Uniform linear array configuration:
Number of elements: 12
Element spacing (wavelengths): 0.5
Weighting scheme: hann
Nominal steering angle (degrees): -30
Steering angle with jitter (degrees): -31.25
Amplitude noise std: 0.05
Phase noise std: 0.05

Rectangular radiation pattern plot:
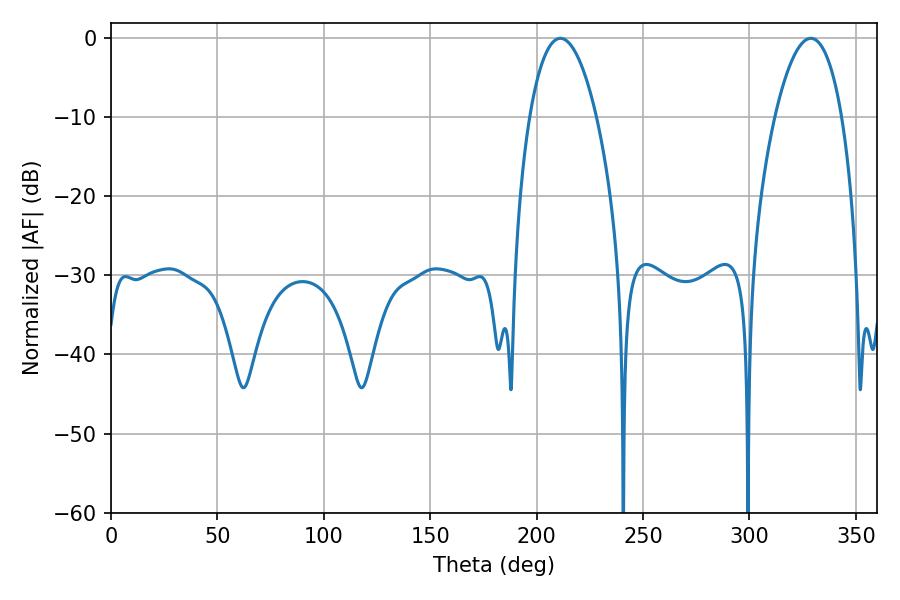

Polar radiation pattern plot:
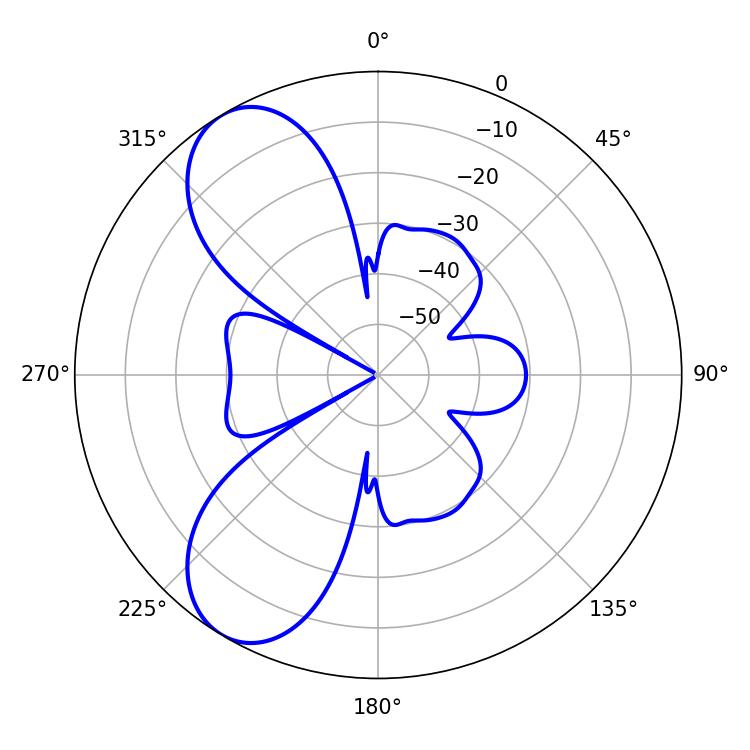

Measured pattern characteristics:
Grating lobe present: FALSE
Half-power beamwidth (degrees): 17.46
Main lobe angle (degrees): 211.14